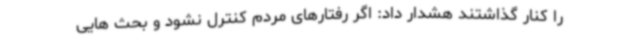
را کنار گذاشتند هشدار داد: اگر رفتارهای مردم کنترل نشود و بحث هایی